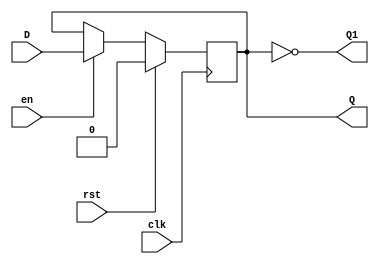
module D_FF(input clk, rst, en, D,
            output reg Q,Q1);

always @( posedge clk)
    begin
    if(rst)
        begin
        Q <= 1'b0; 
        end
    else if (en)
        begin
        Q <= D;
        end
    end
    
always@*
    begin
    Q1 = ~Q;
    end
   
endmodule
module counter#(parameter SIZE = 32)(input clk,rst,en,jump,
                          input [SIZE-1:0]data,
                          output [SIZE-1:0] pc_1,
                          output [SIZE-1:0] in_final,
                          output [SIZE-1:0]count);

wire [SIZE-1:0] in;
wire [SIZE-1:0] out1; 


//D_FF PC(.clk(clk), .rst(rst), .en(en), .D(en&),
//           .Q(count[i]),.Q1());

assign in[0] =  en;
genvar i;
generate 
    for (i = 0 ;i < SIZE; i=i+1)
        begin 
        assign pc_1[i] = in[i]^count[i];
        assign in_final [i] = jump ? data [i] : pc_1[i];
        D_FF PC(.clk(clk), .rst(rst), .en(en), .D(in_final[i]),
           .Q(count[i]),.Q1(out1[i]));
        assign in[i+1] = count[i]&in[i] ;
        end
endgenerate


endmodule
module Instruction_mem#(parameter CNT_SIZE = 32)(input [CNT_SIZE-1:0]addr,
            input data_in,rd_en,wr_en,rst,clk,
           output data_out);  
           
 wire [31:0] data_in;
 wire [31:0] data_out;      
     
RAM #(.WORD_WIDTH(32),.SIZE(128)) IM(.addr(addr),
            .data_in(data_in),.rd_en(rd_en),.wr_en(wr_en),.rst(rst),.clk(clk),
            .data_out(data_out));
    
endmodule